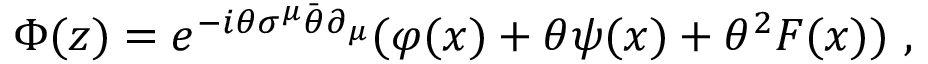
\Phi ( z ) = e ^ { - i \theta \sigma ^ { \mu } \bar { \theta } \partial _ { \mu } } ( \varphi ( x ) + \theta \psi ( x ) + \theta ^ { 2 } F ( x ) ) \, \, ,